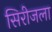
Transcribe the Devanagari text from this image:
सिरीजला